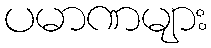
ပမာဏများ